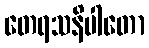
တေရသနိပါတော